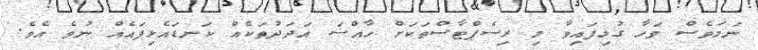
ނަމަވެސް ވަހާ ގުޅިފައިވާ މި ރިސެޕްޓާސްތަކަށް ހާއްސަ އަދަދުތަކެއް ކަނޑައެޅިފައެއް ނުވެ އެވެ.